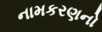
નામકરણનો